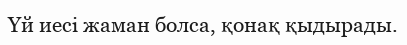
Үй иесі жаман болса, қонақ қыдырады.